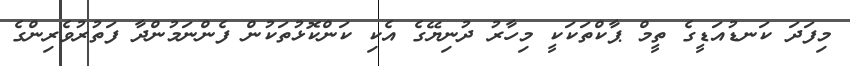
މިފަދަ ކަނޑުއަޑީގެ ތީމް ޕާކްތަކަކީ މިހާރު ދުނިޔޭގެ އެކި ކަންކޮޅުތަކުން ފެންނަމުންދާ ފަތުރުވެރިންގެ